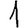
Digit: 1